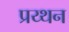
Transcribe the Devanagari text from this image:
प्रय्थन